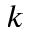
k